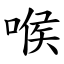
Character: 喉